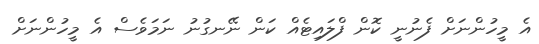
އެ މީހުންނަށް ފެނުނީ ކޮން ފްލައިޓެއް ކަން ނޭނގުނު ނަމަވެސް އެ މީހުންނަށް